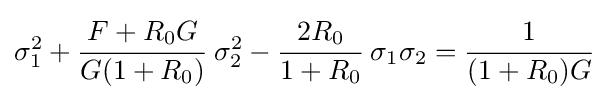
\sigma _{1}^{2}+{\cfrac {F+R_{0}G}{G(1+R_{0})}}~\sigma _{2}^{2}-{\cfrac {2R_{0}}{1+R_{0}}}~\sigma _{1}\sigma _{2}={\cfrac {1}{(1+R_{0})G}}~